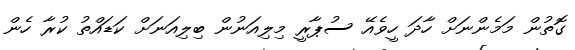
ގޮތުން މަމެންނަށް ހާދަ ހީވެއޭ ސުޕާރީ މިލިއަނުން ބިލިއަނަށް ކަޑައްތު ކުރާ ހެން